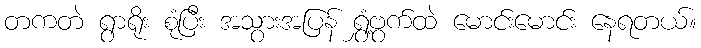
တကတဲ ရွာရိုး စုံပြီး အသွားအပြန် ရွှံ့ဗွက်ထဲ မောင်းမောင်း နေရတယ်။